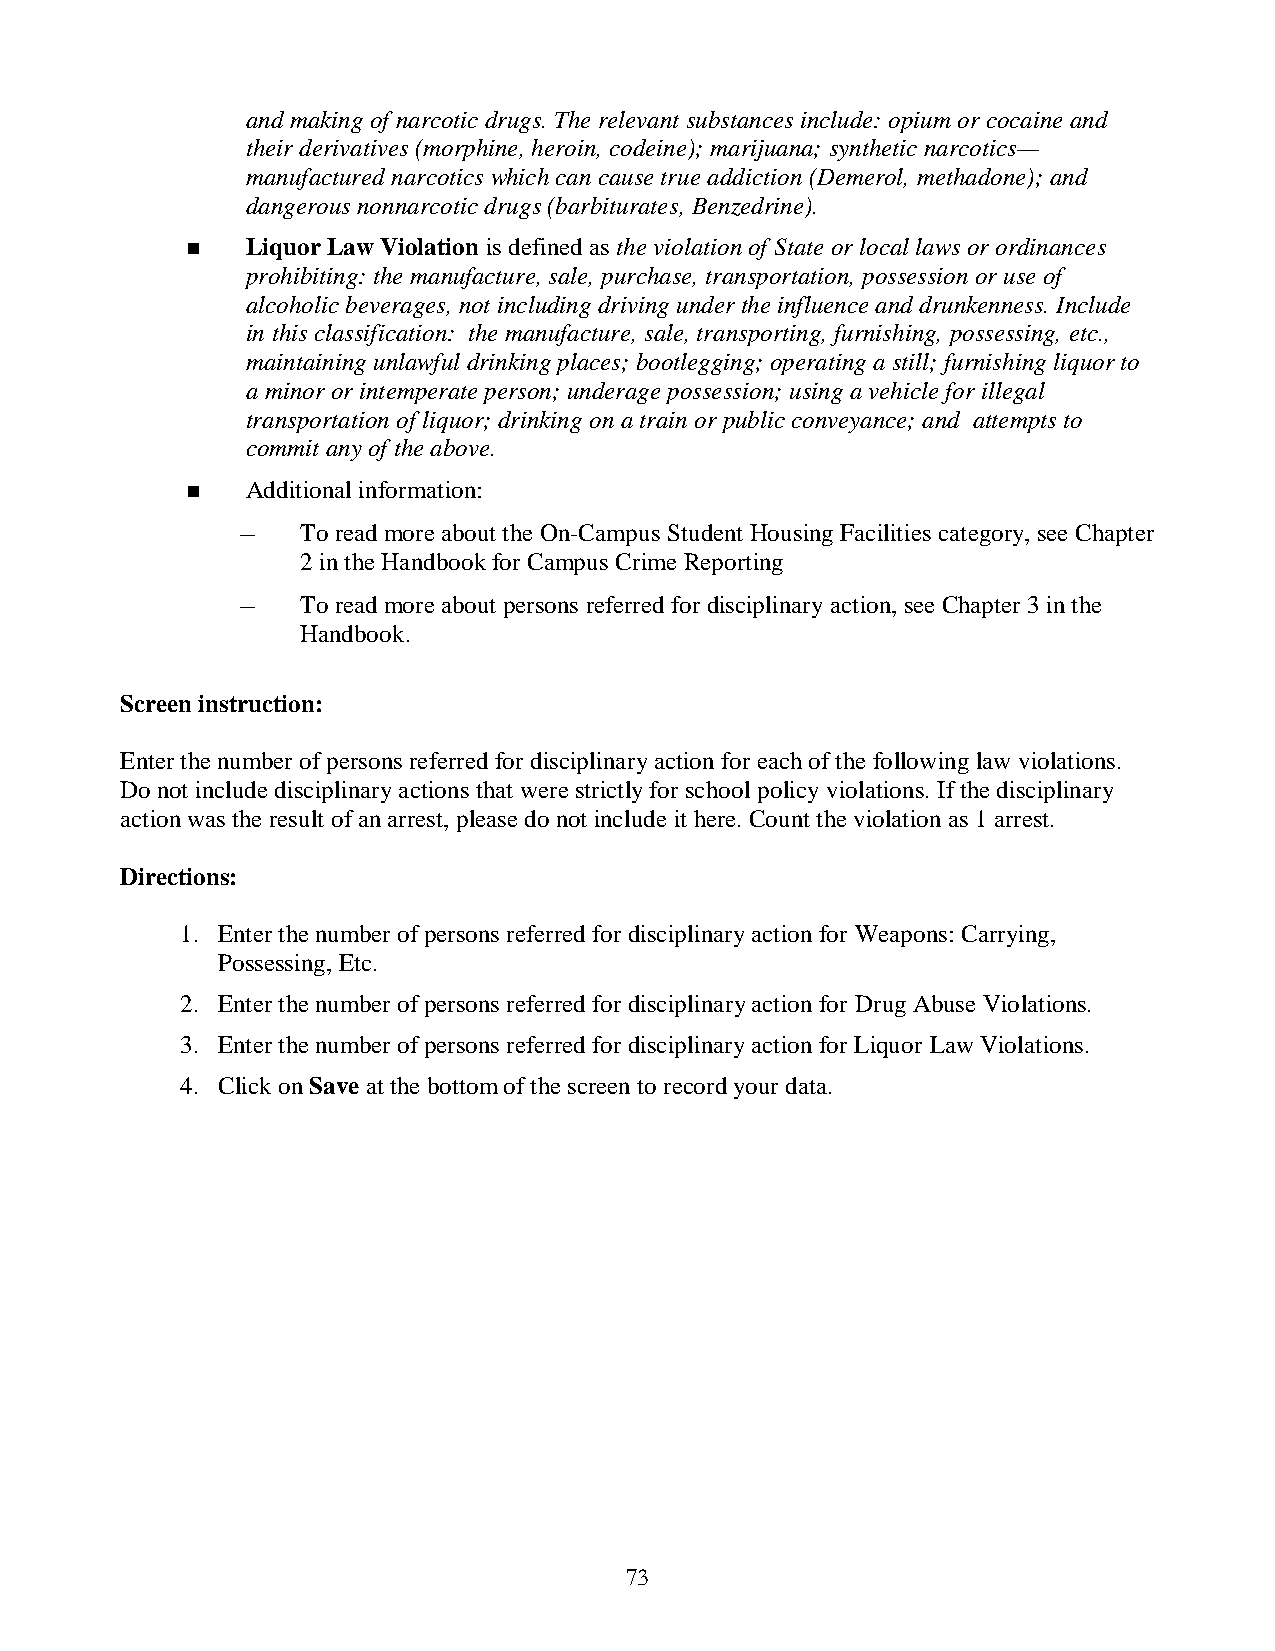
and making of narcotic drugs. The relevant substances include: opium or cocaine and
 their derivatives (morphine, heroin, codeine); marijuana; synthetic narcotics—
 manufactured narcotics which can cause true addiction (Demerol, methadone); and
 dangerous nonnarcotic drugs (barbiturates, Benzedrine).
    Liquor Law Violation is defined as the violation of State or local laws or ordinances
 prohibiting: the manufacture, sale, purchase, transportation, possession or use of
 alcoholic beverages, not including driving under the influence and drunkenness. Include
 in this classification: the manufacture, sale, transporting, furnishing, possessing, etc.,
 maintaining unlawful drinking places; bootlegging; operating a still; furnishing liquor to
 a minor or intemperate person; underage possession; using a vehicle for illegal
 transportation of liquor; drinking on a train or public conveyance; and attempts to
 commit any of the above.
    Additional information:
 –   To read more about the On-Campus Student Housing Facilities category, see Chapter
 2 in the Handbook for Campus Crime Reporting
 –   To read more about persons referred for disciplinary action, see Chapter 3 in the
 Handbook.
 Screen instruction:
 Enter the number of persons referred for disciplinary action for each of the following law violations.
 Do not include disciplinary actions that were strictly for school policy violations. If the disciplinary
 action was the result of an arrest, please do not include it here. Count the violation as 1 arrest.
 Directions:
 1. Enter the number of persons referred for disciplinary action for Weapons: Carrying,
 Possessing, Etc.
 2. Enter the number of persons referred for disciplinary action for Drug Abuse Violations.
 3. Enter the number of persons referred for disciplinary action for Liquor Law Violations.
 4. Click on Save at the bottom of the screen to record your data.
 73